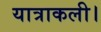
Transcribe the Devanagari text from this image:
यात्राकली।